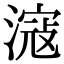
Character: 滱